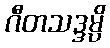
ဂီတသဒ္ဒမ္ပိ